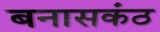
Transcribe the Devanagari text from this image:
बनासकंठ